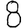
Digit: 8